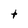
Character: t